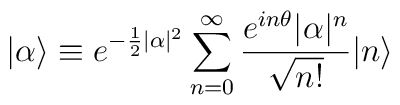
|\alpha\rangle \equiv e^{-\frac{1}{2}|\alpha|^{2}}\sum_{n=0}^{\infty}\frac{e^{in\theta}|\alpha|^{n}}{\sqrt{n!}}|n\rangle